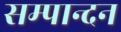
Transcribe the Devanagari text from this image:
सम्पान्दन